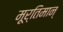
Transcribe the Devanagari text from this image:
मूर्तिमान्‌